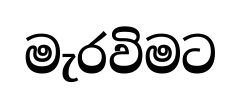
මැරවිමට